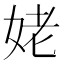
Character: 姥